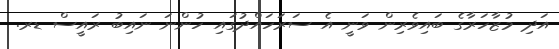
އަދި މުޒާހަރާގެ ބައިވެރިން ވަނީ އެ ސަރަހައްދުގައި ހުންނަ ނައިބު ރައީސް ޑރ.